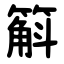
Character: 䈸